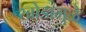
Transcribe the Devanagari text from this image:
खोडामुळे